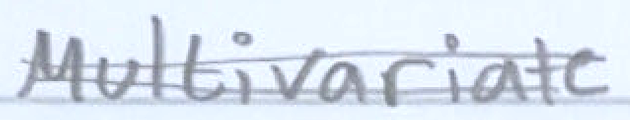
Text: Multivariate
Cross-out: double-line
Writing tool: pencil